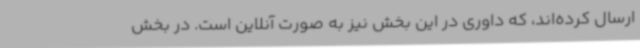
ارسال کرده‌اند، که داوری در این بخش نیز به صورت آنلاین است. در بخش